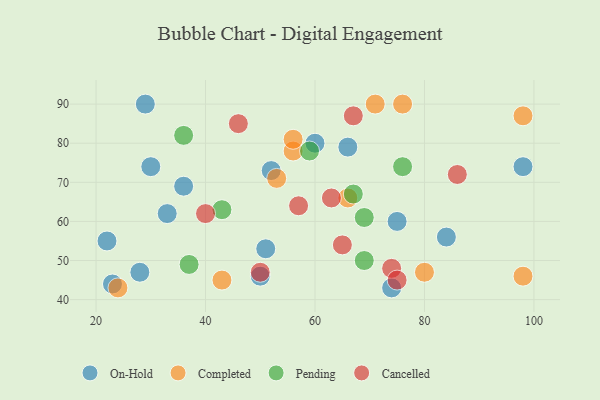
{"axis": {"x": "GDP", "y": "Life Expectancy"}, "legend": ["Cancelled", "Completed", "On-Hold", "Pending"], "data": [{"x": "75", "y": 60, "type": "On-Hold"}, {"x": "33", "y": 62, "type": "On-Hold"}, {"x": "28", "y": 47, "type": "On-Hold"}, {"x": "51", "y": 53, "type": "On-Hold"}, {"x": "29", "y": 90, "type": "On-Hold"}, {"x": "74", "y": 43, "type": "On-Hold"}, {"x": "36", "y": 69, "type": "On-Hold"}, {"x": "52", "y": 73, "type": "On-Hold"}, {"x": "22", "y": 55, "type": "On-Hold"}, {"x": "98", "y": 74, "type": "On-Hold"}, {"x": "50", "y": 46, "type": "On-Hold"}, {"x": "60", "y": 80, "type": "On-Hold"}, {"x": "30", "y": 74, "type": "On-Hold"}, {"x": "66", "y": 79, "type": "On-Hold"}, {"x": "84", "y": 56, "type": "On-Hold"}, {"x": "23", "y": 44, "type": "On-Hold"}, {"x": "53", "y": 71, "type": "Completed"}, {"x": "80", "y": 47, "type": "Completed"}, {"x": "76", "y": 90, "type": "Completed"}, {"x": "43", "y": 45, "type": "Completed"}, {"x": "98", "y": 46, "type": "Completed"}, {"x": "66", "y": 66, "type": "Completed"}, {"x": "24", "y": 43, "type": "Completed"}, {"x": "56", "y": 78, "type": "Completed"}, {"x": "56", "y": 81, "type": "Completed"}, {"x": "71", "y": 90, "type": "Completed"}, {"x": "98", "y": 87, "type": "Completed"}, {"x": "69", "y": 61, "type": "Pending"}, {"x": "37", "y": 49, "type": "Pending"}, {"x": "76", "y": 74, "type": "Pending"}, {"x": "59", "y": 78, "type": "Pending"}, {"x": "67", "y": 67, "type": "Pending"}, {"x": "69", "y": 50, "type": "Pending"}, {"x": "43", "y": 63, "type": "Pending"}, {"x": "36", "y": 82, "type": "Pending"}, {"x": "74", "y": 48, "type": "Cancelled"}, {"x": "50", "y": 47, "type": "Cancelled"}, {"x": "63", "y": 66, "type": "Cancelled"}, {"x": "40", "y": 62, "type": "Cancelled"}, {"x": "86", "y": 72, "type": "Cancelled"}, {"x": "67", "y": 87, "type": "Cancelled"}, {"x": "57", "y": 64, "type": "Cancelled"}, {"x": "75", "y": 45, "type": "Cancelled"}, {"x": "46", "y": 85, "type": "Cancelled"}, {"x": "65", "y": 54, "type": "Cancelled"}]}